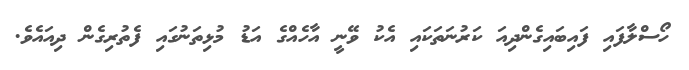
ހޯސްލާފައި ފައިބައިގެންދިއަ ކަރުނަތަކައި އެކު ވޭނީ އާހެއްގެ އަޑު މުޅިތަނުގައި ފެތުރިގެން ދިއައެވެ.